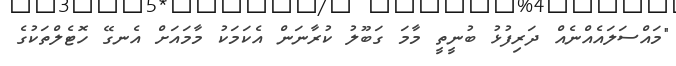
"މައްސަލައެއްނެއް ދަރިފުޅު ބުނީތީ މާމަ ގަބޫލު ކުރާނަން އެކަމަކު މާމައަށް އެނގޭ ހޮޓެލްތަކުގެ